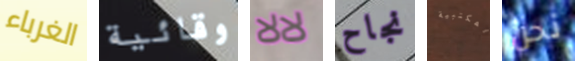
الغرباء وقائية لالا نجاح المكتبية نحن